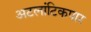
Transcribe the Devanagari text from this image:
अटलांटिकपार